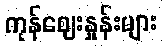
ကုန်ဈေးနှုန်းများ